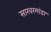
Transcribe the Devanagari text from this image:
साखरमांडा